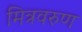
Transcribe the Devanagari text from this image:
मित्रवरुण